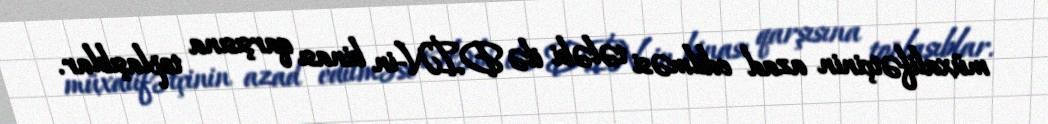
müxalifətçinin azad edilməsi tələbi ilə DİN-in binası qarşısına toplaşıblar.